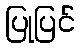
ပြုပြင်